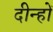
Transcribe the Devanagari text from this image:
दीन्हों